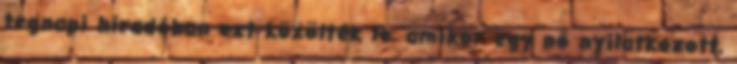
tegnapi híradóban ezt közölték le, amikor egy nő nyilatkozott,